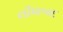
લીધાબાદ